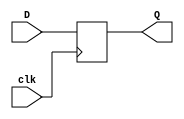
`timescale 1ns / 1ps
//////////////////////////////////////////////////////////////////////////////////
// Company: 
// Engineer: 
// 
// Design Name: 
// Module Name: dff
// Project Name: 
// Target Devices: 
// Tool Versions: 
// Description: 
// 
// Dependencies: 
// 
// Revision:
// Revision 0.01 - File Created
// Additional Comments:
// 
//////////////////////////////////////////////////////////////////////////////////


module dff(
    input clk,
    input D,
    output reg Q
    );
    
    always @(posedge clk) begin
        Q <= D;
    end
endmodule